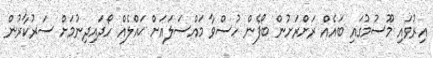
އިރުވައި މޫސުމުގައި ބައެއް ރަށްރަށުން ބޯފެން ހުސްވާ މައްސަލައަށް ޙައްލެއް ހޯދައިދިނުމަށް ސަރުކާރުން